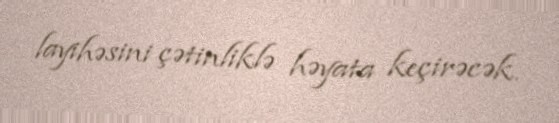
layihəsini çətinliklə həyata keçirəcək.